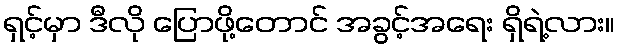
ရှင့်မှာ ဒီလို ပြောဖို့တောင် အခွင့်အရေး ရှိရဲ့လား။